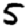
Digit: 5